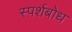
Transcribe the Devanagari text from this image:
स्पर्शबोध